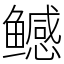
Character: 鳡